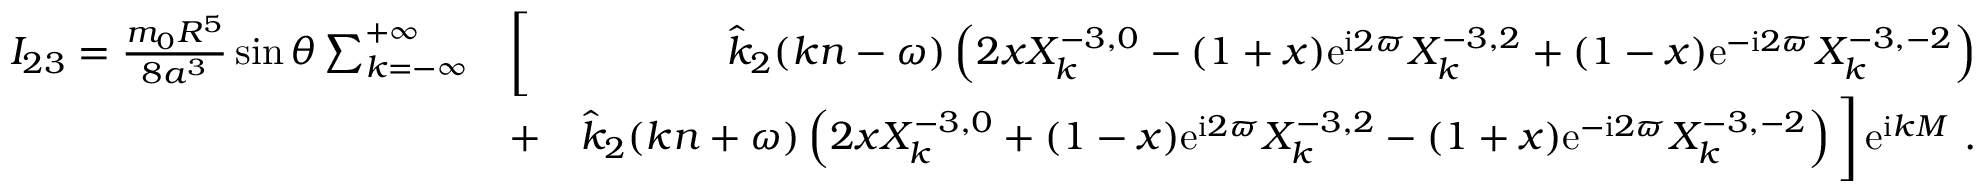
\begin{array} { r l r } { I _ { 2 3 } = \frac { m _ { 0 } R ^ { 5 } } { 8 a ^ { 3 } } \sin \theta \sum _ { k = - \infty } ^ { + \infty } } & { \bigg [ } & { \hat { k } _ { 2 } ( k n - \omega ) \left( 2 x X _ { k } ^ { - 3 , 0 } - ( 1 + x ) \mathrm { e } ^ { \mathrm { i } 2 \varpi } X _ { k } ^ { - 3 , 2 } + ( 1 - x ) \mathrm { e } ^ { - \mathrm { i } 2 \varpi } X _ { k } ^ { - 3 , - 2 } \right) } \\ & { + } & { \hat { k } _ { 2 } ( k n + \omega ) \left( 2 x X _ { k } ^ { - 3 , 0 } + ( 1 - x ) \mathrm { e } ^ { \mathrm { i } 2 \varpi } X _ { k } ^ { - 3 , 2 } - ( 1 + x ) \mathrm { e } ^ { - \mathrm { i } 2 \varpi } X _ { k } ^ { - 3 , - 2 } \right) \bigg ] \, \mathrm { e } ^ { \mathrm { i } k M } \ . } \end{array}